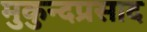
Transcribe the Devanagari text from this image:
मुकुन्दप्रसाद